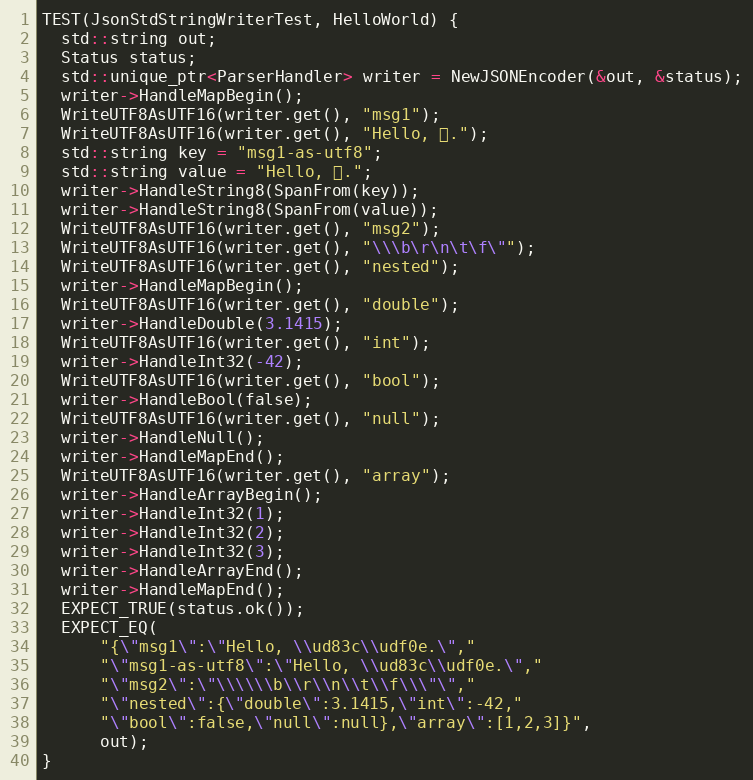
Language: C++
TEST(JsonStdStringWriterTest, HelloWorld) {
  std::string out;
  Status status;
  std::unique_ptr<ParserHandler> writer = NewJSONEncoder(&out, &status);
  writer->HandleMapBegin();
  WriteUTF8AsUTF16(writer.get(), "msg1");
  WriteUTF8AsUTF16(writer.get(), "Hello, 🌎.");
  std::string key = "msg1-as-utf8";
  std::string value = "Hello, 🌎.";
  writer->HandleString8(SpanFrom(key));
  writer->HandleString8(SpanFrom(value));
  WriteUTF8AsUTF16(writer.get(), "msg2");
  WriteUTF8AsUTF16(writer.get(), "\\\b\r\n\t\f\"");
  WriteUTF8AsUTF16(writer.get(), "nested");
  writer->HandleMapBegin();
  WriteUTF8AsUTF16(writer.get(), "double");
  writer->HandleDouble(3.1415);
  WriteUTF8AsUTF16(writer.get(), "int");
  writer->HandleInt32(-42);
  WriteUTF8AsUTF16(writer.get(), "bool");
  writer->HandleBool(false);
  WriteUTF8AsUTF16(writer.get(), "null");
  writer->HandleNull();
  writer->HandleMapEnd();
  WriteUTF8AsUTF16(writer.get(), "array");
  writer->HandleArrayBegin();
  writer->HandleInt32(1);
  writer->HandleInt32(2);
  writer->HandleInt32(3);
  writer->HandleArrayEnd();
  writer->HandleMapEnd();
  EXPECT_TRUE(status.ok());
  EXPECT_EQ(
      "{\"msg1\":\"Hello, \\ud83c\\udf0e.\","
      "\"msg1-as-utf8\":\"Hello, \\ud83c\\udf0e.\","
      "\"msg2\":\"\\\\\\b\\r\\n\\t\\f\\\"\","
      "\"nested\":{\"double\":3.1415,\"int\":-42,"
      "\"bool\":false,\"null\":null},\"array\":[1,2,3]}",
      out);
}